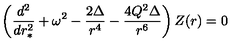
\left( { \frac { d ^ { 2 } } { d r _ { * } ^ { 2 } } } + \omega ^ { 2 } - { \frac { 2 \Delta } { r ^ { 4 } } } - { \frac { 4 Q ^ { 2 } \Delta } { r ^ { 6 } } } \right) Z ( r ) = 0